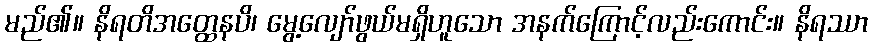
မည်၏။ နိရတိအတ္ထေနပိ၊ မွေ့လျော်ဖွယ်မရှိဟူသော အနက်ကြောင့်လည်းကောင်း။ နိရဿာ